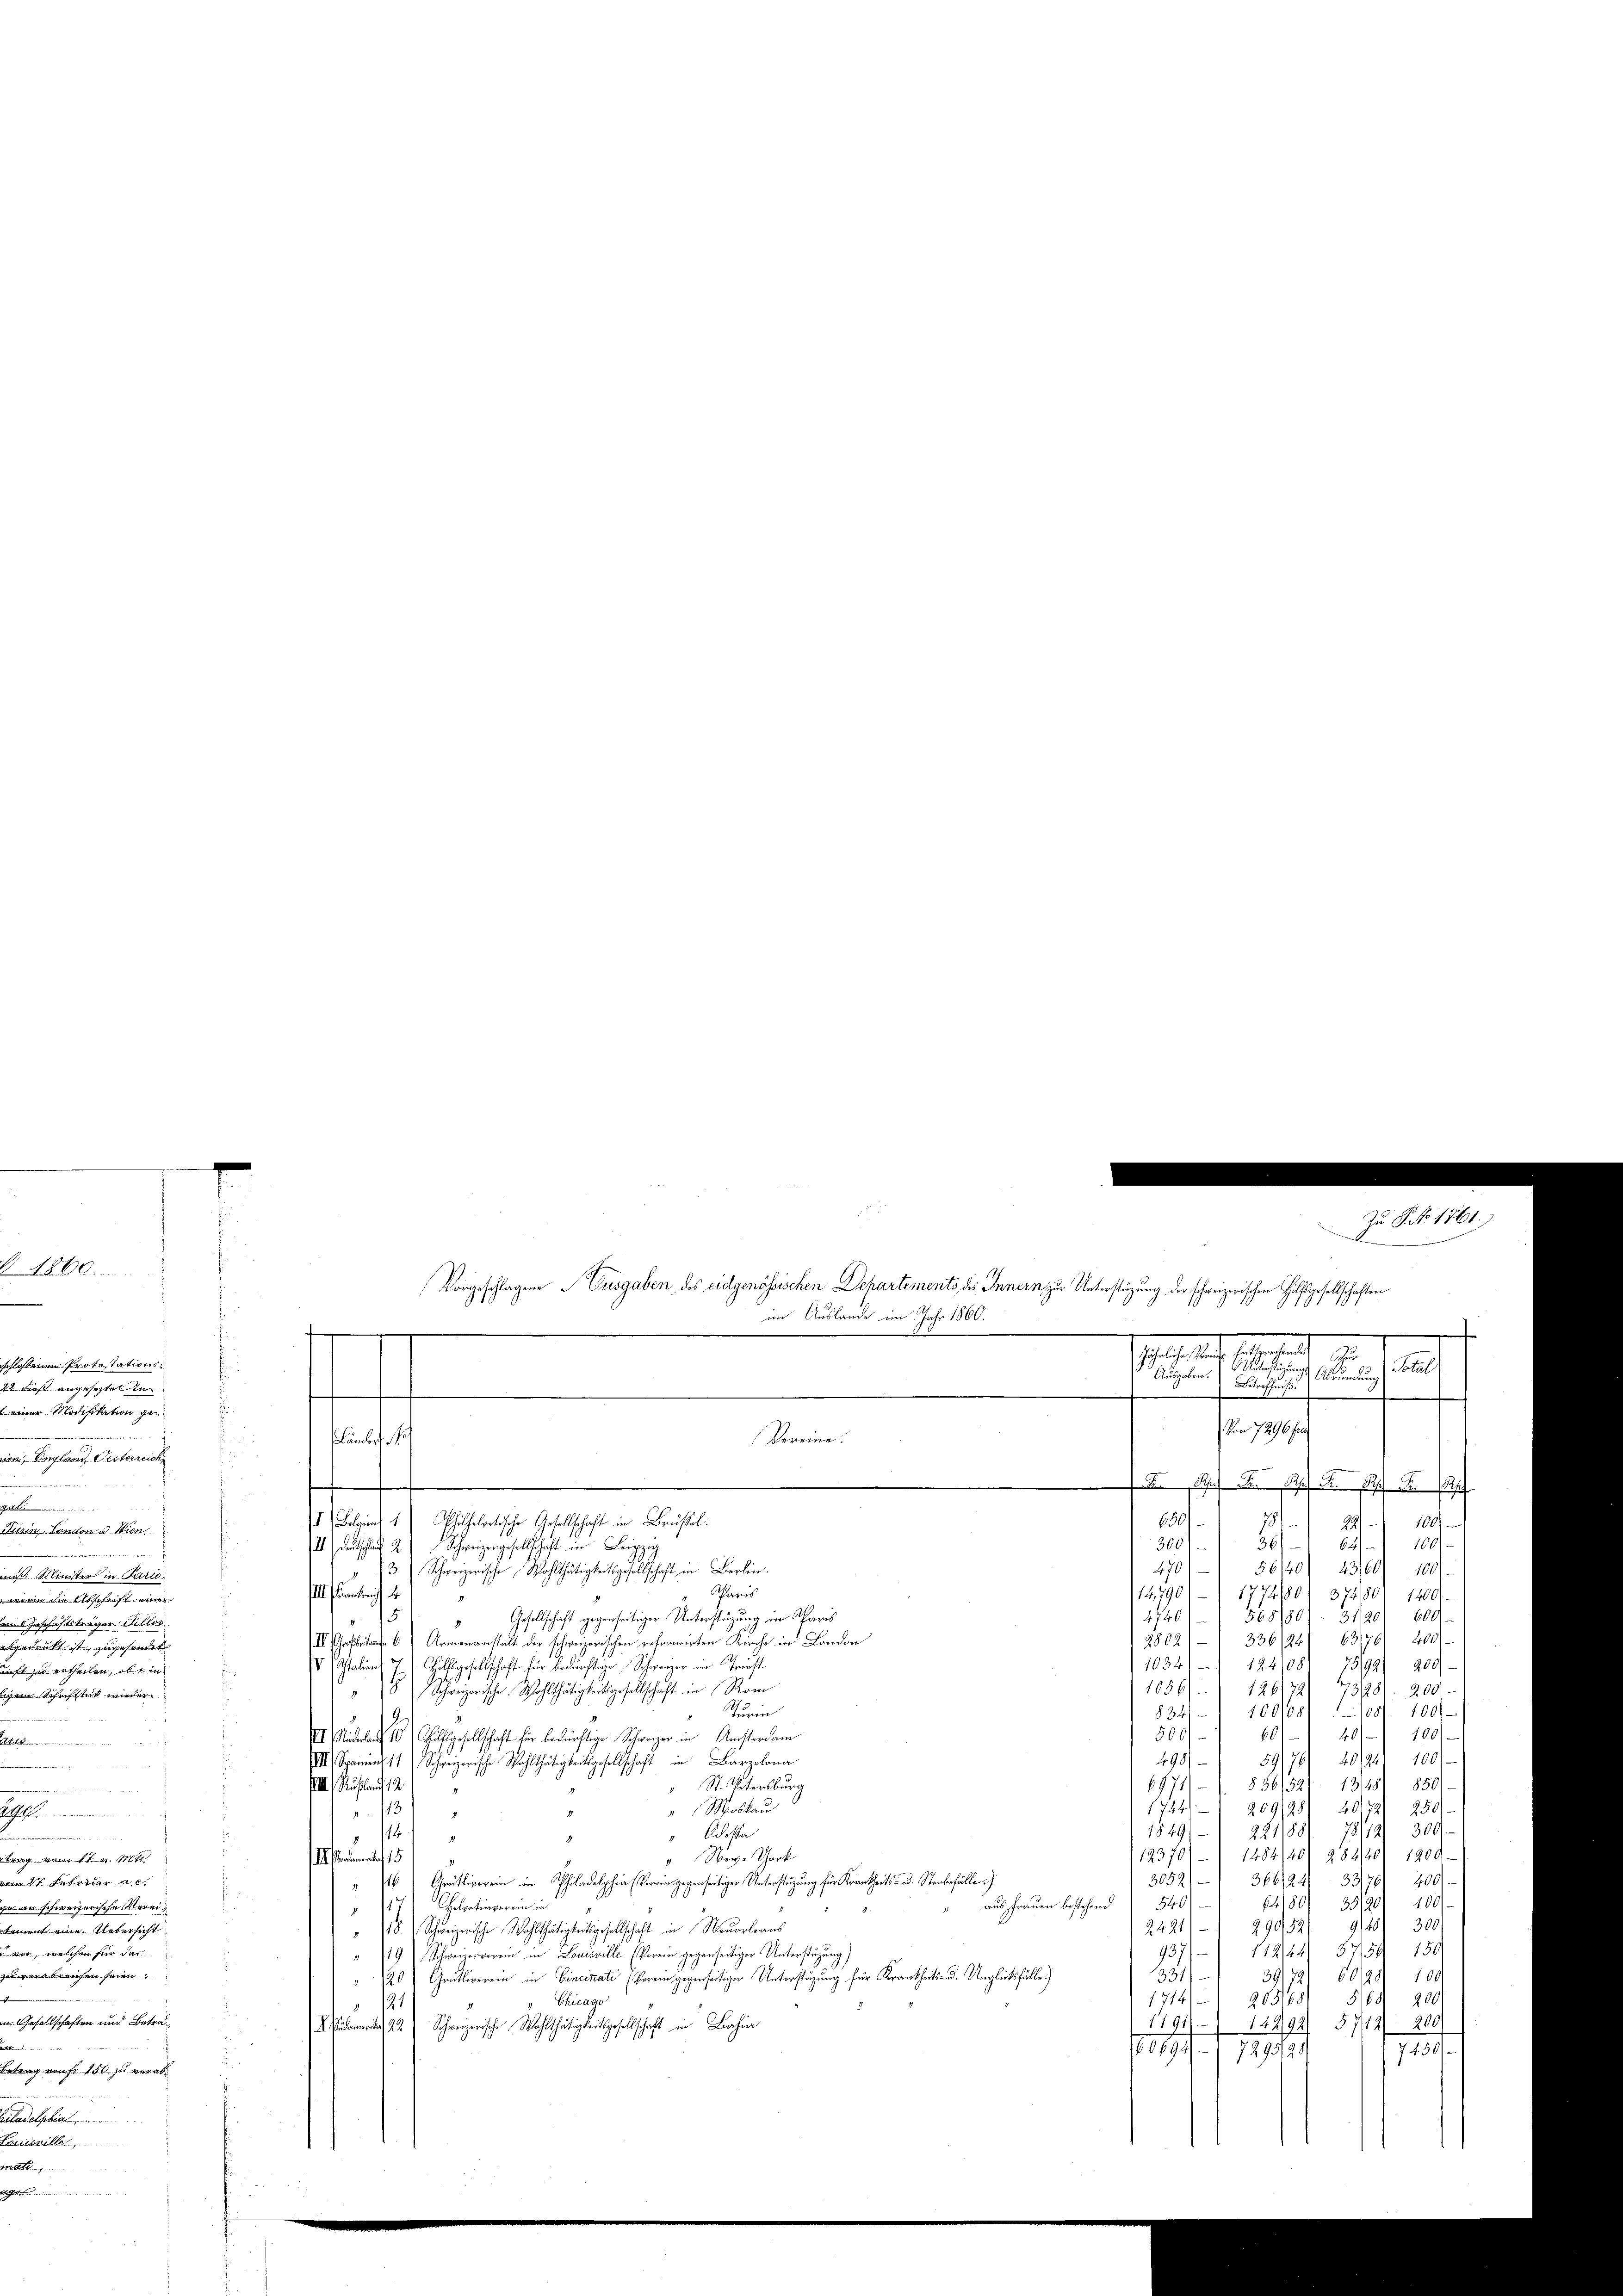
1860.

flossenen Protestations¬
2 das angeseztet ineiner Modifikation gen
im, England Gesterreich
u
t
Turin-Landen u. Wien.
 Minister in Pari
wein die Abschrift einen
ins Geschäftsträger Fillor
bgedruckt ist, zugesandt
ist zu ertheilen, ob ein
Schriftstück wieder

2
trag vom
4
m 27. Februar ac
an schweizerische Vereiment eine Uebersicht
wir, welchen für das
u verabreisen seien
 Gesellschaften und Betra¬

trag von 150 zu verab¬
Citadelphia
Kaisenille

.
5
Gesellschaft gegenseitiger Unterstüzung in Scharis
2802)
II Art. 6 Armenanstalt der schweizerischen reformirten Kirche in London
Hilfsgesellschaft für bedürftige Schweizer in Triest
10341) 124,08) 7592) 200
V Italien
.
Schweizerische Wohlthätigkeitsgesellschaft in Rom
1056/1 126/721 73981. 200.
,
834/ 100/08/ 11081. 1001
Turin
601-401/ 189
500
II. Seelauf 10 Fussgesellschaft für bedürftige Schweizer in Amsterdam
59/761 40/41 100)
498)
III) Spanien 11 Schweizerische Wohlthätigkeitsgesellschaft in Barzelona
850/
St. Petersburg
6. 971/
§ 56152) 13/1
III. Auflauf 12
250)
1724/ 209198/ 40
 Moskau
13
4
1849/1 2211881 7812) 300
14
Odoa
4
12370)-) 1484/40/ 28440/ 1200
15
Nev-Chork
4
400)
3059) 366/24/ 337
" 6) Grütliverein in Philadelphia (Verein gegenseitiger Unterstüzung für Krankheits- od. Sterbefällen.)
s
100.
540/ 64180/ 35120
Helvetiaverein in
aus Frauen bestehend
s
d
2421) 290,52/ 9128) 300
18) Schweizerische Wohlthätigkeitigesellschaft in Neuorleans
112/44 5754 150
937/
19) Schweizerverein in Louisville. (Verein gegenseitiger Unterstüzung)
331)
39/72) 6029) 100
0 Grütliverein in Cincinati (Verein gegenseitiger Unterstüzung für Krankheits- u. Unglüksfälle
200
5/68
Chicago
1714) 20368
121
1191. 14492) 5712. 200
 damit 22. Schweizerische Wohlthätigkeitsgesellschaft in Bahi
160699-17298195
113.

Zu P. No 1761.)
.
Vorgeschlagene Ausgaben des eidgenössischen Departements des Innern zur Unterstüzung der schweizerischen Hilfsgesellschaften
im Auslande im Jahr 1800.
.
That seit als gerade zu
utriftigung. Abendung Stal
Ausgaben. Betreffniß.
Von 7296 fra
Vereine.
ämber No
K
I) Belgien 1
hilhelvetische Gesellschaft in Brüsel.
650/
7
1001
22
361
100/
64
300)
II) Deutschauf 2
Schweizergesellschaft in Leipzi
470
56140/ 43160) 100
3 Schweizerische Wohlthätigkeitsgesellschaft in Berlin
Schweis
III. Frankreich d
14790) 1774180) 3740/ 1800

4740) 568/501. 3120/ 600.
3361241 63176) 400